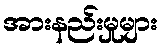
အားနည်းမှုများ